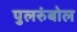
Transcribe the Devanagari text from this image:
पुलरुंबोल